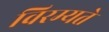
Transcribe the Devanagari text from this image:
विरम्यते